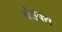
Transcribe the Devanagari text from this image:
बोइक्स